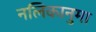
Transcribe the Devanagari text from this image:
नलिकानुमा